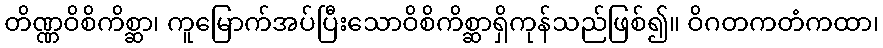
တိဏ္ဏဝိစိကိစ္ဆာ၊ ကူမြောက်အပ်ပြီးသောဝိစိကိစ္ဆာရှိကုန်သည်ဖြစ်၍။ ဝိဂတကတံကထာ၊